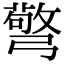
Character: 𢐧